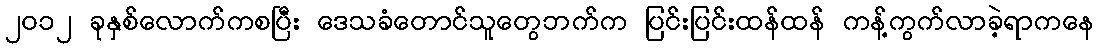
၂၀၁၂ ခုနှစ်လောက်ကစပြီး ဒေသခံတောင်သူတွေဘက်က ပြင်းပြင်းထန်ထန် ကန့်ကွက်လာခဲ့ရာကနေ